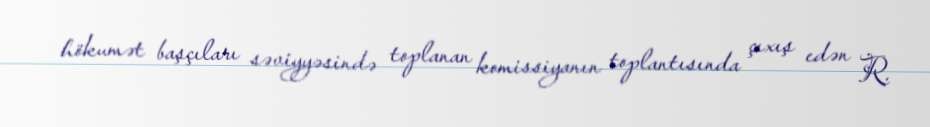
hökumət başçıları səviyyəsində toplanan komissiyanın toplantısında çıxış edən R.